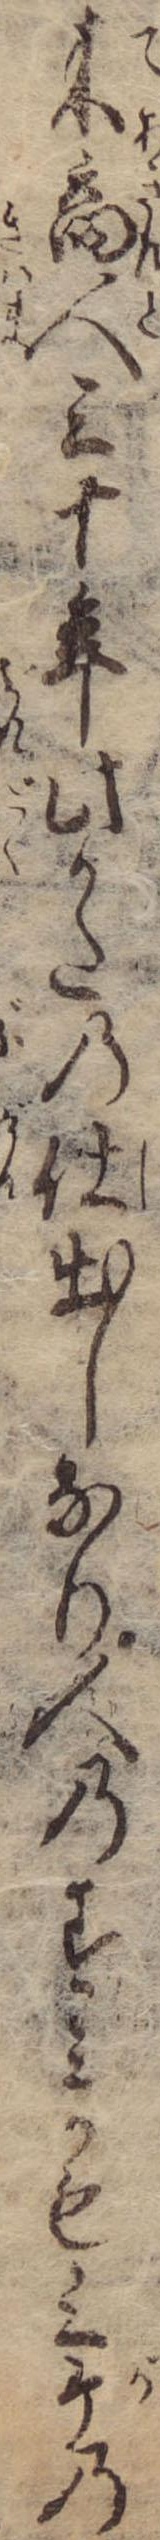
来商人三十年此かたの仕出しなり人のすみかも三ケの